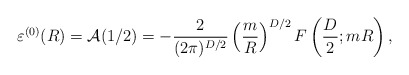
\begin{align*}\varepsilon^{(0)}(R)={\cal A}(1/2)=-\frac{2}{(2\pi)^{D/2}}\left(\frac{m}{R}\right)^{D/2}F\left(\frac{D}{2};mR\right),\end{align*}